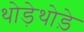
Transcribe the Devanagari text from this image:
थोडे़थोड़े